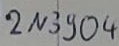
Text: 2N3804